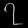
Digit: ၇